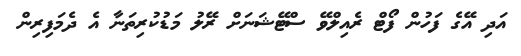
އަދި އޭގެ ފަހުން ފޯޓް ރެއިލްވޭ ސްޓޭޝަނަށް ރޭލު މަޑުކުރިތަނާ އެ ދެމަފިރިން